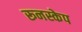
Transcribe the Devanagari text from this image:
रूनस्केप